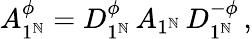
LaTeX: A_{1^{\mathbb{N}}}^{\phi}=D_{1^{\mathbb{N}}}^{\phi}\, A_{1^{\mathbb{N}}}\, D_{1^{\mathbb{N}}}^{-\phi}\, ,